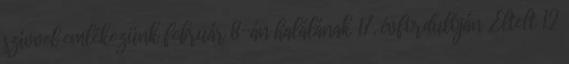
szívvel emlékezünk február 8-án halálának 17. évfordulóján „Eltelt 12